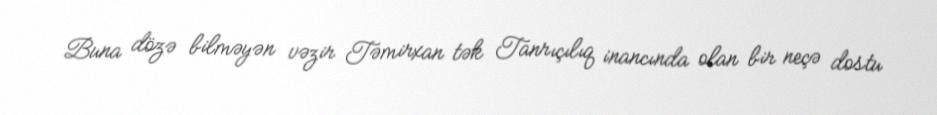
Buna dözə bilməyən vəzir Təmirxan tək Tanrıçılıq inancında olan bir neçə dostu